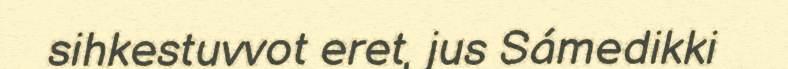
sihkestuvvot eret, jus Sámedikki